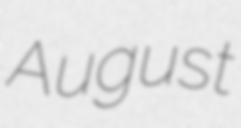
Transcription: August